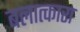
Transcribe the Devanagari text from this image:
बलात्कारा